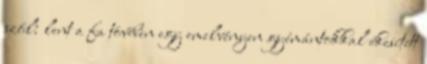
szól: lent a fa tövében egy emelvényen gyémántokkal ékesített